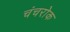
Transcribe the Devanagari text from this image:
चंचरोक